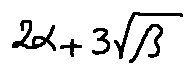
2 \alpha + 3 \sqrt { \beta }